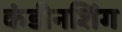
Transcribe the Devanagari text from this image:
कंडीनशिंग